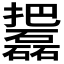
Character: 𱡓